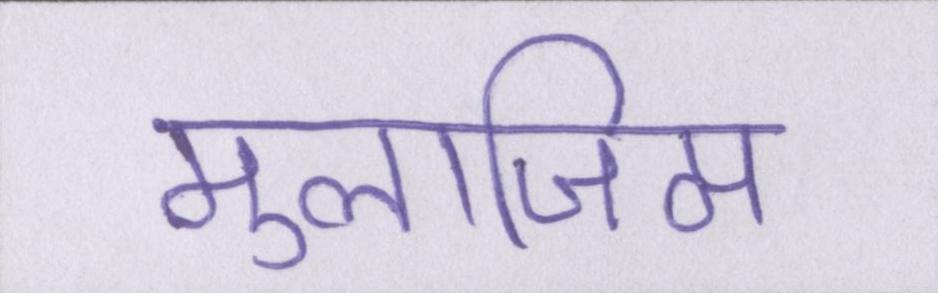
मुलाजिम